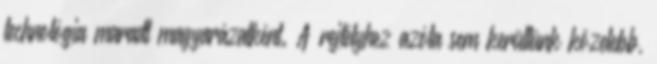
technológia maradt magyarázatként. A rejtélyhez azóta sem kerültünk közelebb,